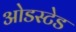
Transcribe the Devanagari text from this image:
ओडस्टेड